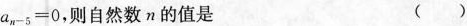
a _ { n - 5 } = 0$$ ，则自然数n的值是 ()